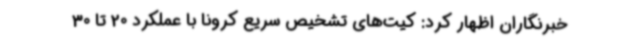
خبرنگاران اظهار کرد: کیت‌های تشخیص سریع کرونا با عملکرد 20 تا 30